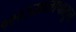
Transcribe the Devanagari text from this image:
१९९३सालापासून